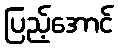
ပြည့်အောင်